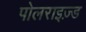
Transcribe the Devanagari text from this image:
पोलराइज़्ड